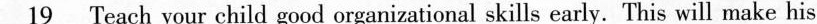
\underline{19}Teach your child good organizational skills early. This will make his